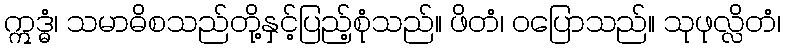
ဣဒ္ဓံ၊ သမာဓိစသည်တို့နှင့်ပြည့်စုံသည်။ ဖိတံ၊ ဝပြောသည်။ သုဖုလ္လိတံ၊